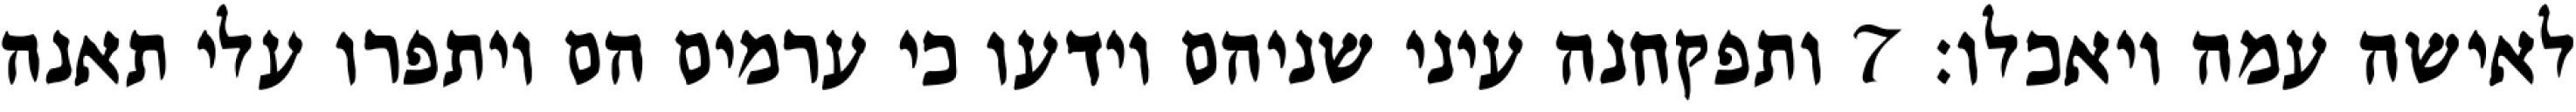
לאישה עמה ויאכלו׃ ‎7‏ ותפקחנה עיני שניהם וידעו כי ערמים הם ויתפרו עלי תאנה